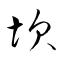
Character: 坎